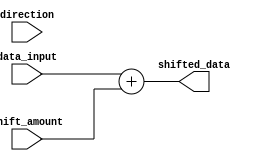
module hybrid_barrel_shifter (
    input wire [7:0] data_input,
    input wire [2:0] shift_amount,
    input wire direction, // 0 for right shift, 1 for left shift
    output reg [7:0] shifted_data
);

// Arithmetic Block 1
reg [7:0] add_result;
always @* begin
    if (direction == 0)
        add_result = data_input + shift_amount;
    else
        add_result = data_input - shift_amount;
end

// Arithmetic Block 2
reg [7:0] sub_result;
always @* begin
    if (direction == 0)
        sub_result = data_input - shift_amount;
    else
        sub_result = data_input + shift_amount;
end

// Barrel Shifter
always @* begin
    if (direction == 0)
        shifted_data = add_result;
    else
        shifted_data = sub_result;
end

endmodule